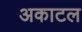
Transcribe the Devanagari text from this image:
अकाटल